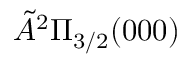
\tilde { A } { } ^ { 2 } \Pi _ { 3 / 2 } ( 0 0 0 )